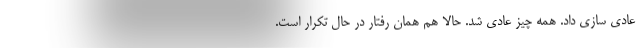
عادی سازی داد. همه چیز عادی شد. حالا هم همان رفتار در حال تکرار است.